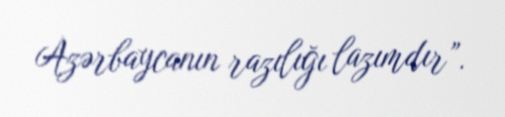
Azərbaycanın razılığı lazımdır”.